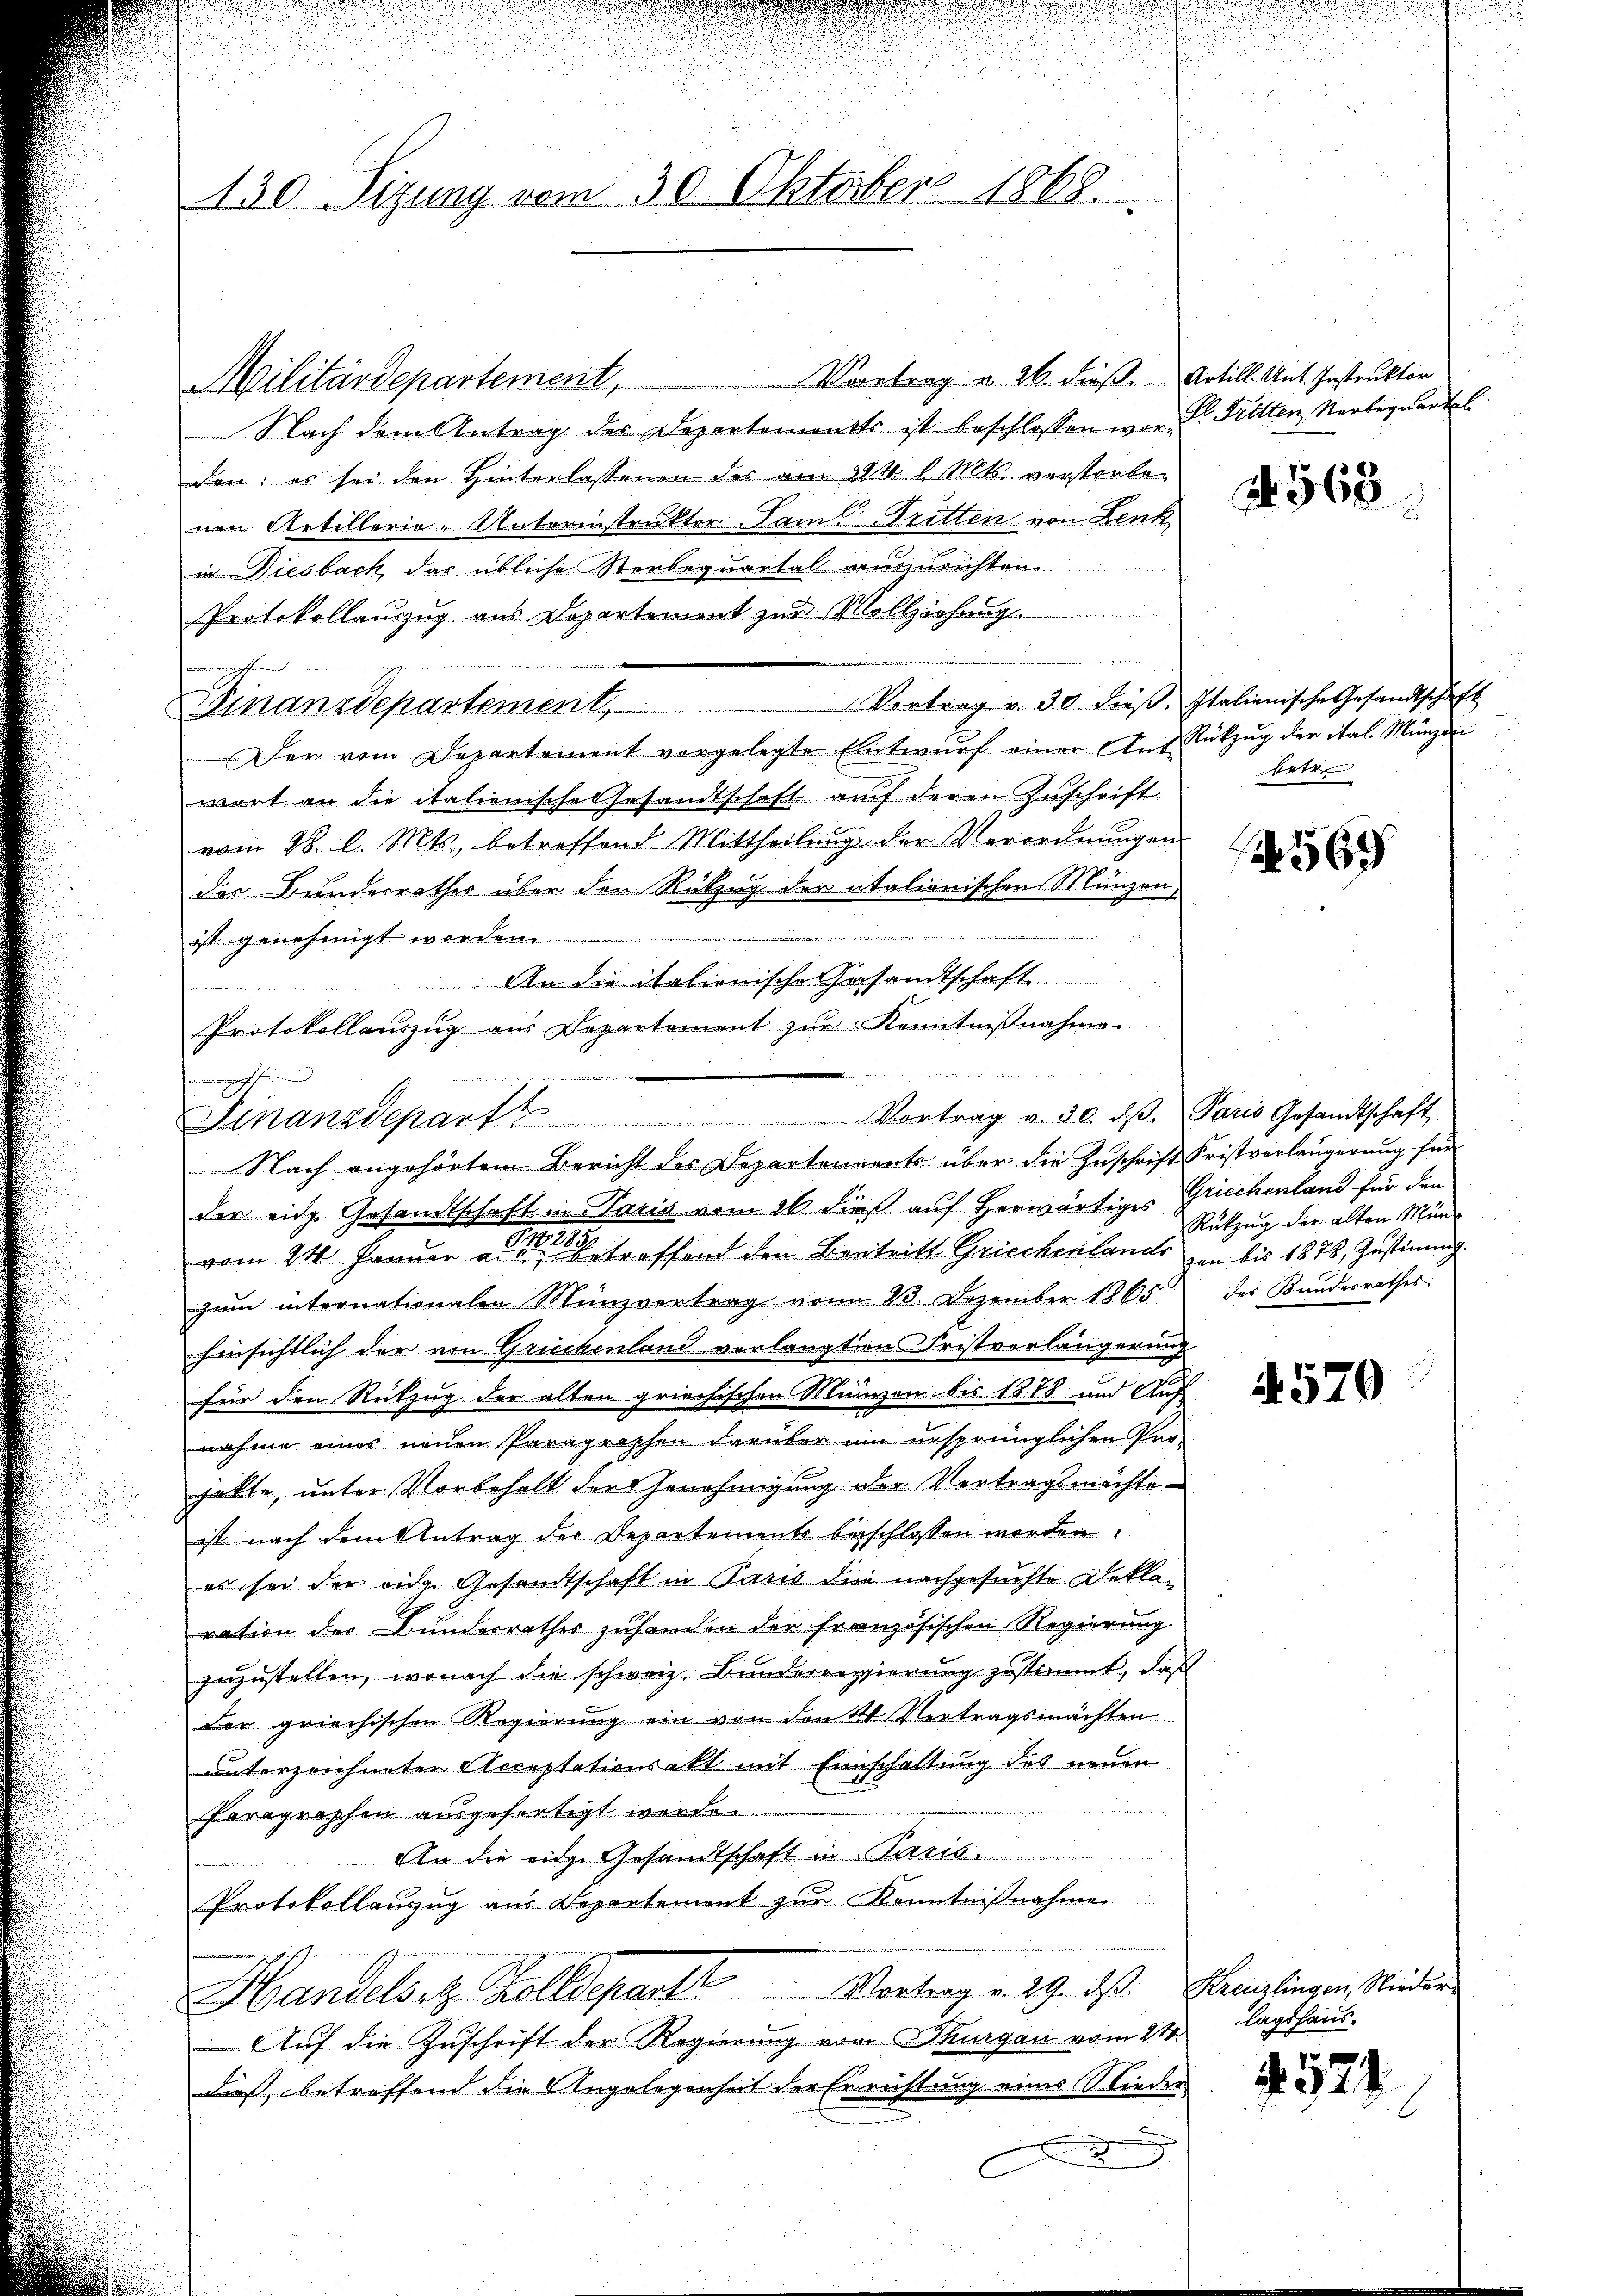
u
u
130. Sitzung vom 30. Oktober 1868.

imungen fern

.
Finanzdepart Vortrag v. 30. dβ. Paris Gesandtschaft

Vortrag u. 26. dieß. Artill. Unt. Instruktor
Militärdepartement,
Nach dem Antrag des Departemensts ist beschlossen war Dr. Tritten, Nerbegwartel
den: es sei den Hinterlassenen der am 224. d. Mts. verstorbe-
von Artillerie-Unterinstruktor Saml Tritten von Lenk
in Diesbach, das übliche Sterbequartal auszurichten
Protokollauszug aus Departement zur Vollziehung.
 den
e
Vortrag v. 30. dieβ. Italienische Gesandtschaft
Finanzdepartement,
Der vom Departement vorgelegte Entwurf einer Aus Rückzug der ital. Münzen
wart an die italienische Gesandtschaft auf deren Zuschrift
vom 28. l. Mts., betreffend Mittheilung der Verordnungen
des Bundesrathes über den Rükzug der italionischen Münzen,
genen eine
ist genehmigt werden.
An die italienische Gesandtschaft
Protokollaŭszŭg aŭs Departement zŭr Kenntniβnahme
Nach angehörtem Bericht des Departenannte über die Zuschrift Fristverlängerung für
der eidg. Gesandtschaft in Paris vom 26. dieß auf herwärtiges Griechenland für den
vom 21 Januar vertroffend den Vertritt Griechenlands bis 1878, Zustimmig
zŭm internationalen Münzvertrag vom 23. Dezember 1865 des Kanderrathes.
hinsichtlich der von Griechenland verlangten Fristverlängerung
für den Rückzug der alten griechischen Münzen bis 1878 und Auf
nahme eines neuen Paragraphen darüber um ursprünglichen Pro-
hatte, unter Vorbehalt der Genehmigung der Vertragsmöchteist nach dem Antrag der Departements beschlossen worden.
es sei der eidge Gesandtschaft in Paris die nachgesuchte Deklaration des Bunderrathes zuhanden der französischen Regierung
zuzustellen, wonach die schweiz. Bunderregierung zustimmt, daß
der griechischen Regierung ein von den 21. Vertragsmachten
unterzeichneter Acceptationsakt mit Einschaltung des neuen
Paragraphen ausgefertigt werde.
An die eige Gesandtschaft in Paris
Protokollauszug aus Departement zur Kenntnißnahme
Vortrag v. 29. dβ. Kreuzlingen, Nieder-
Handels et Zolldeparti
Auf die Zuschrift der Regierung vom Thurgau vom 21.
dieß, betreffend die Angelegenheit der Errichtung eines Nieder
I

N 568

u
betr

565

Rükzug der alten Mün¬

4570

lagshaus.
 522